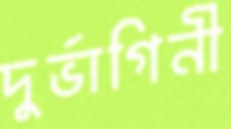
দুর্ভাগিনী